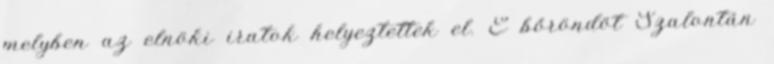
melyben az elnöki iratok helyeztettek el. E bőröndöt Szalontán